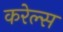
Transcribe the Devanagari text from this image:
करेल्स